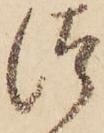
つ